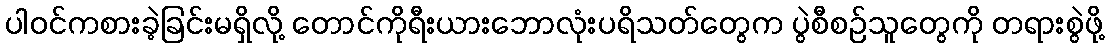
ပါဝင်ကစားခဲ့ခြင်းမရှိလို့ တောင်ကိုရီးယားဘောလုံးပရိသတ်တွေက ပွဲစီစဉ်သူတွေကို တရားစွဲဖို့